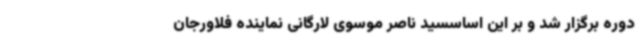
دوره برگزار شد و بر این اساسسید ناصر موسوی لارگانی نماینده فلاورجان